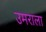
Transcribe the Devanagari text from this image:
उमराला